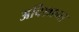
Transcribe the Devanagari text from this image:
अविश्रान्त